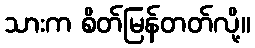
သားက စိတ်မြန်တတ်လို့။